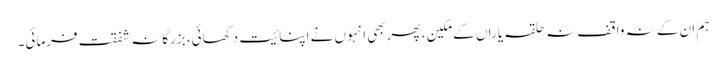
ہم ان کے نہ واقف نہ حلقہ یاراں کے مکین، پھر بھی انہوں نے اپنائیت دکھائی، بزرگانہ شفقت فرمائی۔